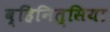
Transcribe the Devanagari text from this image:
व्हिनित्सिया